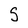
Character: S